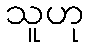
သူဟု